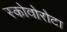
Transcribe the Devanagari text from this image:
स्कोवोरोटा